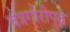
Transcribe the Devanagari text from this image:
चैत्रगौरीपुढे